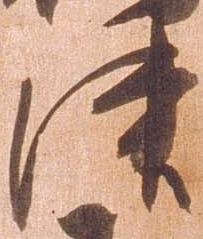
津